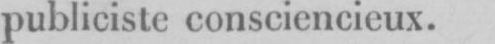
publiciste consciencieux.